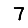
Digit: 7